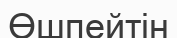
Өшпейтін